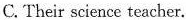
C. Their science teacher.